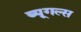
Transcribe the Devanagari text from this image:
ब्यूगल्स